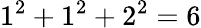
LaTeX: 1^{2}+1^{2}+2^{2}=6